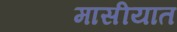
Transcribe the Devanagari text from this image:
मासीयात